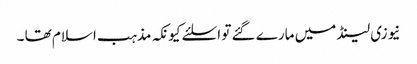
نیوزی لینڈ میں مارے گئے تو اسلئے کیونکہ مذہب اسلام تھا ۔